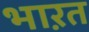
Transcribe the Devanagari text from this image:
भाऱत